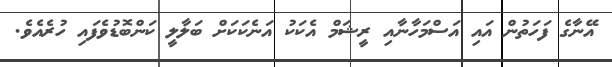
އޭނާގެ ފަހަތުން އައި އަސްމަހާނާއި ރީޝަމް އެކަކު އަނެކަކަށް ބަލާލީ ކަންބޮޑުވެފައި ހުރެއެވެ.